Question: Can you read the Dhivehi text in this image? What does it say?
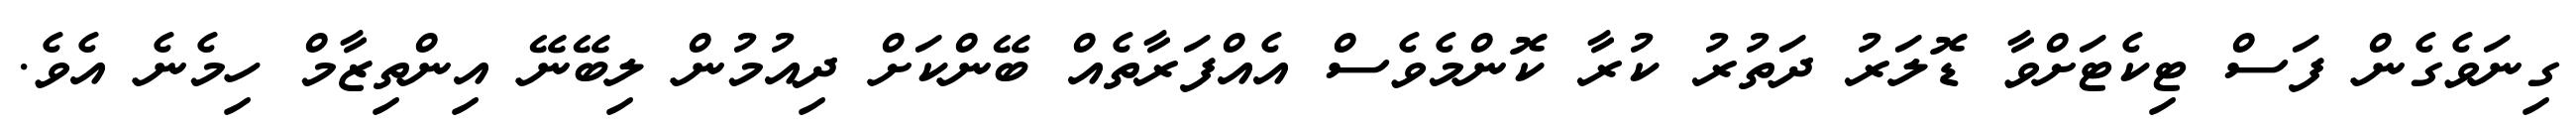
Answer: ގިނަވެގެން ފަސް ޓިކެޓަށްވާ ޑޮލަރު ދަތުރު ކުރާ ކޮންމެވެސް އެއްފަރާތެއް ބޭންކަށް ދިއުމުން ލިބޭނޭ އިންތިޒާމް ހިމެނެ އެވެ.